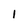
Character: 1